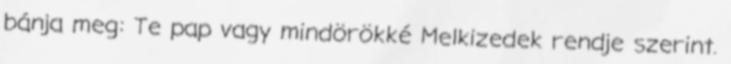
bánja meg: Te pap vagy mindörökké Melkizedek rendje szerint.